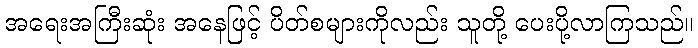
အရေးအကြီးဆုံး အနေဖြင့် ပိတ်စများကိုလည်း သူတို့ ပေးပို့လာကြသည်။